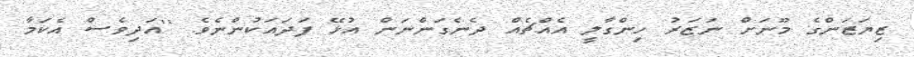
ޒިޔަޒަންގެ މޫނަށް ނަޒަރު ހިންގާލީ އެއްޗެއް ދެނެގަންނަން އުޅޭ ފަދައަކުންނެވެ. ''އަދިވެސް އެކަމާ